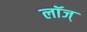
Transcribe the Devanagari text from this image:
लॉज्